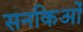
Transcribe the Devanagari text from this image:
सनकिओं